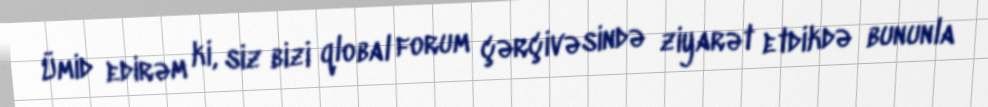
Ümid edirəm ki, siz bizi qlobal forum çərçivəsində ziyarət etdikdə bununla